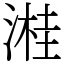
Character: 溎